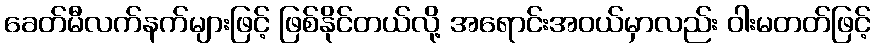
ခေတ်မီလက်နက်များဖြင့် ဖြစ်နိုင်တယ်လို့ အရောင်းအဝယ်မှာလည်း ဝါးမတတ်ဖြင့်